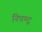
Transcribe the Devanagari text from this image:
निघण्टू